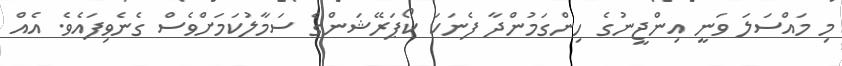
މި މައްސަލަ ވަނީ އިންޖީނުގެ ހިންގަމުންދާ ފެނަކަ ކޯޕަރޭޝަންގެ ސަމާލުކަމަށްވެސް ގެނެވިފައެވެ. އެއް